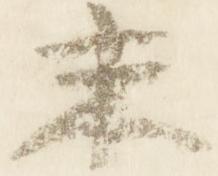
末